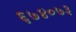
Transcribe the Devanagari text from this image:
६७४०७३